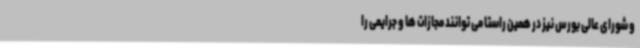
و شورای عالی بورس نیز در همین راستا می توانند مجازات ها و جرایمی را